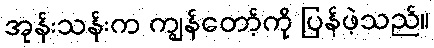
အုန်းသန်းက ကျွန်တော့်ကို ပြန်ဖဲ့သည်။